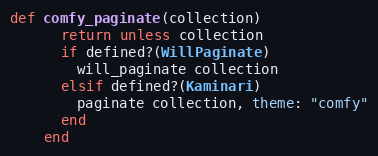
Language: Ruby
def comfy_paginate(collection)
      return unless collection
      if defined?(WillPaginate)
        will_paginate collection
      elsif defined?(Kaminari)
        paginate collection, theme: "comfy"
      end
    end